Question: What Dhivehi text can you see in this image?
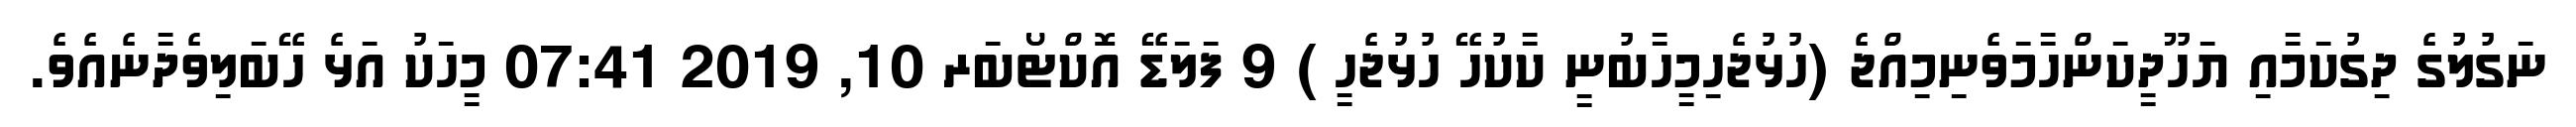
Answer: ނަގުލުގެ ދިގުކަމާއި ޔަހޫދީކަންހާމަވެނިމިއްޖެ (ހުޅުޖެހިމީހާބުނީ ކާކުހޭ ހުޅުޖެހީ ) 9 ފަލަޑޭ އޮކްޓޯބަރ 10, 2019 07:41 މީހަކު އަޅެ ހޭބަލިވެދާނެއެވެ.